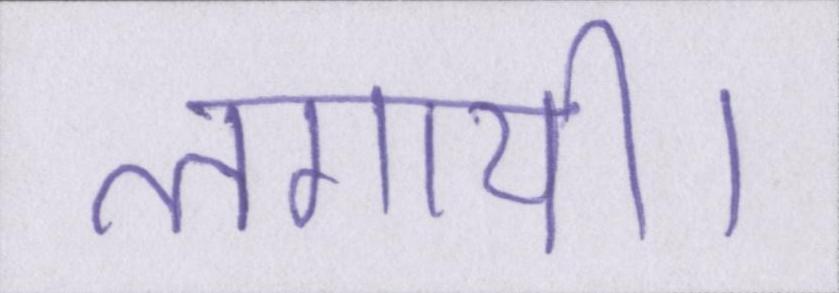
लगायी।